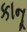
કાનૂ